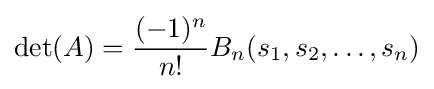
\det(A)={\frac {(-1)^{n}}{n!}}B_{n}(s_{1},s_{2},\ldots ,s_{n})